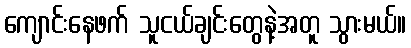
ကျောင်းနေဖက် သူငယ်ချင်းတွေနဲ့အတူ သွားမယ်။